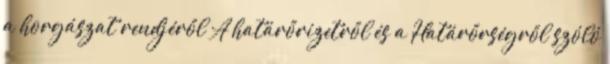
a horgászat rendjéről A határőrizetről és a Határőrségről szóló